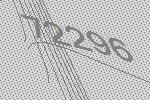
72296